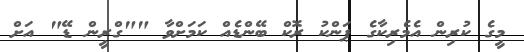
މީގެ ކުރިން އެމެރިކާގެ ޕަންކު ރޮކް ބޭންޑެއް ކަމަށްވާ ""ގްރީން ޑޭ" އަށް